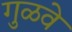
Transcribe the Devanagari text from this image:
गुळवे